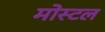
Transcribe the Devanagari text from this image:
मोस्टल